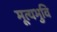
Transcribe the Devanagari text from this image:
मूत्यभुवि